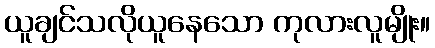
ယူချင်သလိုယူနေသော ကုလားလူမျိုး။